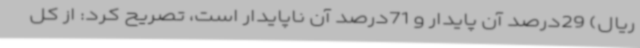
ریال) 29درصد آن پایدار و 71درصد آن ناپایدار است، تصریح کرد: از کل